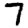
Digit: 7